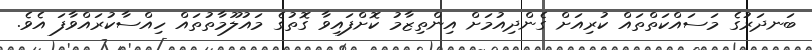
ބަނދަރުގެ މަސައްކަތްތައް ކުރިއަށް ގެންދިއުމަށް އިންތިޒާމު ކޮށްފައިވާ ގޮތުގެ މައުލޫމާތުތައް ހިއްސާކުރައްވާފަ އެވެ.